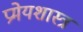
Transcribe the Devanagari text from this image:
प्रमेयशास्त्र